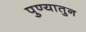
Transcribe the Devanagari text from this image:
पुण्यातुन